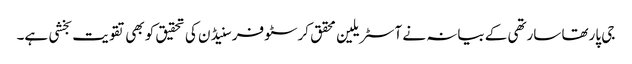
جی پارتھا سارتھی کے بیانہ نے آسٹریلین محقق کرسٹوفر سنیڈن کی تحقیق کو بھی تقویت بخشی ہے۔